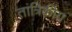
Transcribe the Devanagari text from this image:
तांत्रिकीय